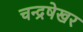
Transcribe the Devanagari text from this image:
चन्द्रषेखर